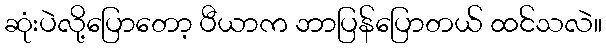
ဆုံးပဲလို့ပြောတော့ ပီယာက ဘာပြန်ပြောတယ် ထင်သလဲ။